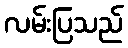
လမ်းပြသည်